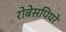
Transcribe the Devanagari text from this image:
रोबेसपियरे